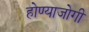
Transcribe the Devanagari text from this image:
होण्याजोगी